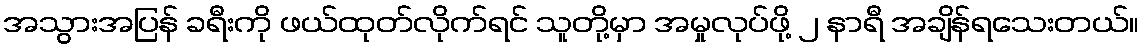
အသွားအပြန် ခရီးကို ဖယ်ထုတ်လိုက်ရင် သူတို့မှာ အမှုလုပ်ဖို့ ၂ နာရီ အချိန်ရသေးတယ်။